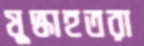
যুদ্ধাহতরা